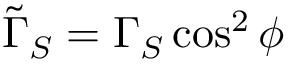
\tilde { \Gamma } _ { S } = \Gamma _ { S } \cos ^ { 2 } \phi